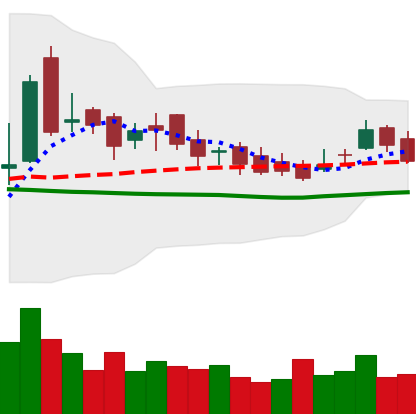
Ticker: LTC-USD
Chart end date: 2016-12-04
Forward return: -5.337%
Label: down_5_7